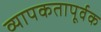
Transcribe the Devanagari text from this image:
व्यापकतापूर्वक